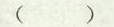
()